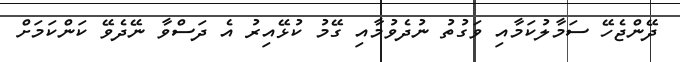
ދޭންޖެހޭ ސަމާލުކަމާއި ވަގުތު ނުދެވުމާއި ގޭމު ކުޅޭއިރު އެ ދަސްވާ ނޭދެވޭ ކަންކަމަށް